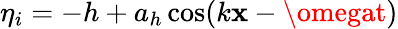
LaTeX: \eta_{i}=-h+a_{h}\cos(k\mathbf{x}-\omegat)